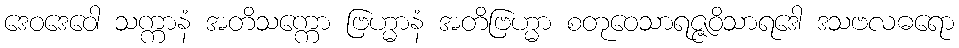
ဒေဝဒေဝေါ သက္ကာနံ အတိသက္ကော ဗြဟ္မာနံ အတိဗြဟ္မာ စတုဝေသာရဇ္ဇဝိသာရဒေါ ဒသဗလဓရော